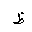
Letter: _za